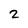
Character: 2